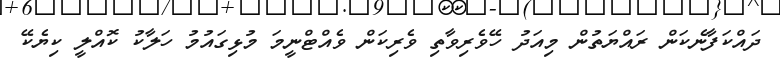
ދައްކަފާނެކަން ރައްޔަތުން މިއަދު ހޭވެރިވާތި ވެރިކަން ވެއްޓްނީމަ މުޅިގައުމު ހަލާކު ކޮއްލީ ކިޔެކޭ